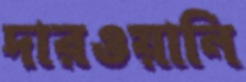
দারওয়ানি